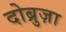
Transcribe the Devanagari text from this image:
दोब्रुज़ा